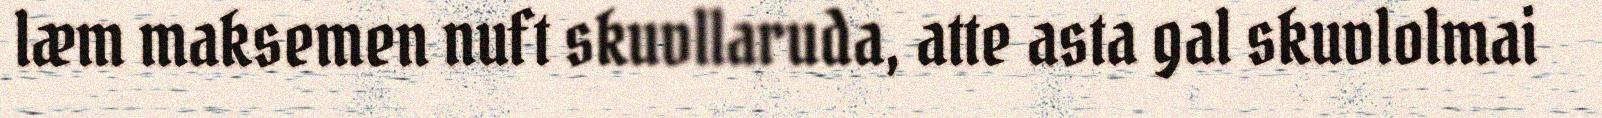
læm maksemen nuft skuvllaruda, atte asta gal skuvlolmai